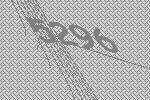
5296